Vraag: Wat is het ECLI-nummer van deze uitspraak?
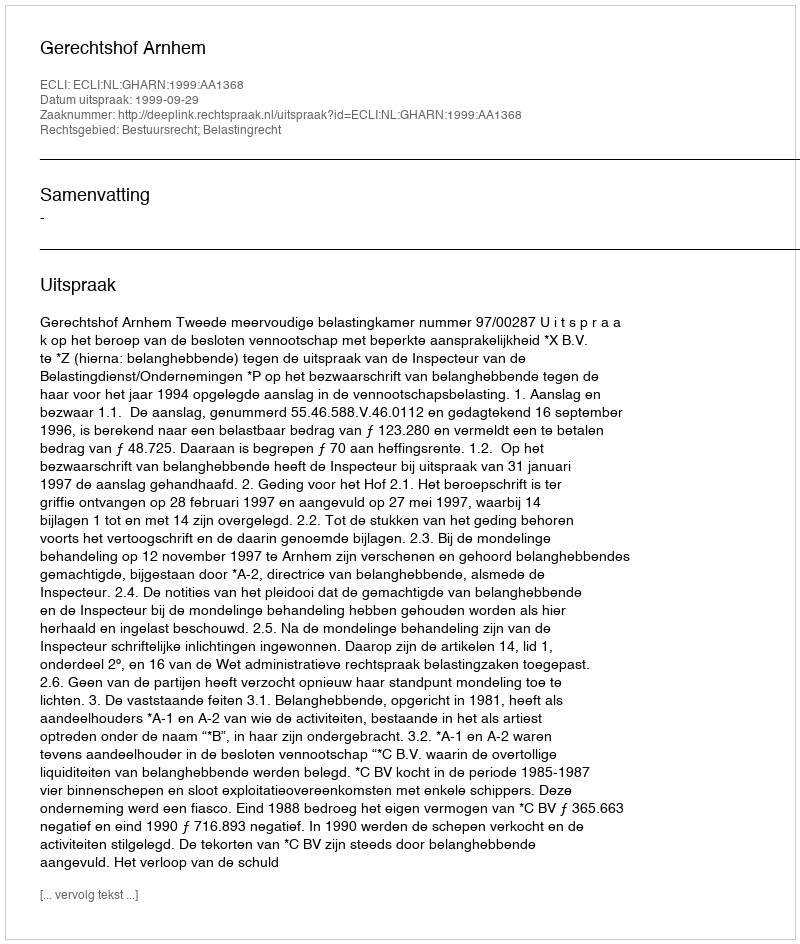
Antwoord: ECLI:NL:GHARN:1999:AA1368